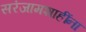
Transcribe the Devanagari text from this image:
सरंजामशाहींना